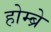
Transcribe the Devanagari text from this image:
होम्ब्रे